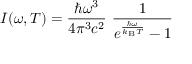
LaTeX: I ( \omega , T ) = { \frac { \hbar \omega ^ { 3 } } { 4 \pi ^ { 3 } c ^ { 2 } } } ~ { \frac { 1 } { e ^ { \frac { \hbar \omega } { k _ { \mathrm { B } } T } } - 1 } }